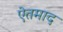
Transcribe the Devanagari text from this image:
ऐतमाद